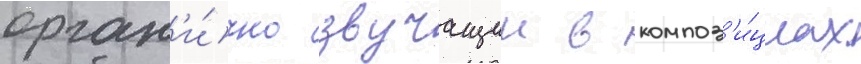
орган'и́чно звучащии в композ'и́циах